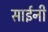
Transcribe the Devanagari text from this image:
साईनी